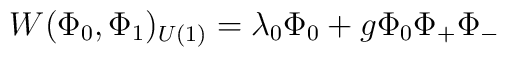
W(\Phi_0,\Phi_1)_{U(1)} = \lambda_0\Phi_0 + g\Phi_0 \Phi_+ \Phi_-